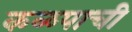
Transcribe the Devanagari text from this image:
कळपाची